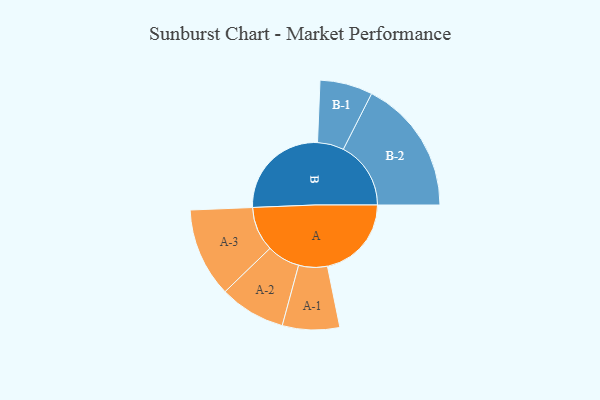
{"axis": {"x": "Segment", "y": "Value"}, "legend": ["", "A", "B"], "data": [{"x": "A", "y": 341, "type": ""}, {"x": "B", "y": 411, "type": ""}, {"x": "A-1", "y": 116, "type": "A"}, {"x": "A-2", "y": 134, "type": "A"}, {"x": "A-3", "y": 181, "type": "A"}, {"x": "B-1", "y": 107, "type": "B"}, {"x": "B-2", "y": 274, "type": "B"}]}